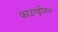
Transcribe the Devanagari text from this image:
फाउण्ड्रीमन